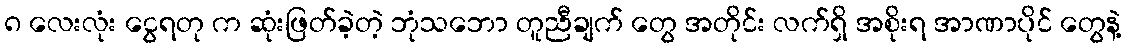
၈ လေးလုံး ငွေရတု က ဆုံးဖြတ်ခဲ့တဲ့ ဘုံသဘော တူညီချက် တွေ အတိုင်း လက်ရှိ အစိုးရ အာဏာပိုင် တွေနဲ့